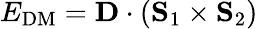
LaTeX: E_{\mathrm{DM}}={\mathbf D}\cdot({\mathbf S}_{1}\times{\mathbf S}_{2})